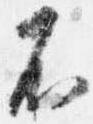
不